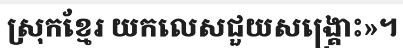
ស្រុកខ្មែរ យកលេសជួយសង្គ្រោះ»។